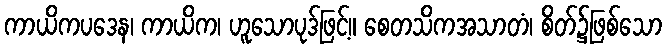
ကာယိကပဒေန၊ ကာယိက၊ ဟူသောပုဒ်ဖြင့်။ စေတသိကအသာတံ၊ စိတ်၌ဖြစ်သော